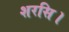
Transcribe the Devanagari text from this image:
शरसि।